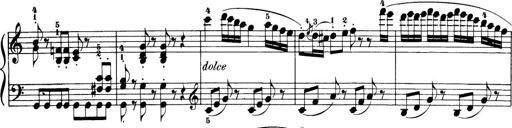
Title: 32 Sonatinas and Rondos for the Piano
Composer: Richard Kleinmichel